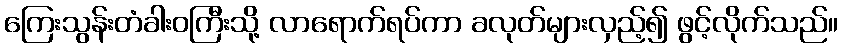
ကြေးသွန်းတံခါးဝကြီးသို့ လာရောက်ရပ်ကာ ခလုတ်များလှည့်၍ ဖွင့်လိုက်သည်။